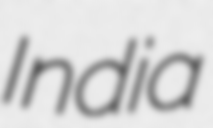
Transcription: India